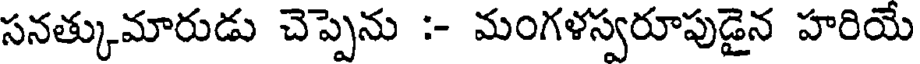
సనత్కుమారుడు చెప్పెను :- మంగళస్వరూపుడైన హరియే